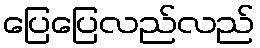
ပြေပြေလည်လည်